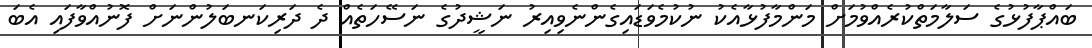
ބައްޕާފުޅުގެ ސަލާމަތްކުރެއްވުމަށް މަންމާފުޅާއެކު ނުކުމެވަޑައިގެންނެވިއިރު ނަޝީދުގެ ނަސޭހަތެއް ދެ ދަރިކަނބަލުންނަށް ފޮނުއްވާފައި އެބަ